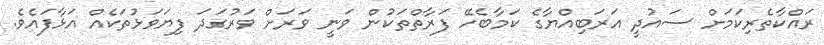
ރައްކާތެރިކަމަށް ސައުދީ އަރަބިއްޔާގެ ކަމާބެހޭ ފަރާތްތަކުން ވަނީ ވަރަށް ވަރުގަދަ ފިޔަވަޅުތަކެއް އަޅާފައެވެ.